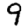
Digit: 9